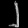
Digit: ၂